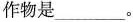
作物是___。